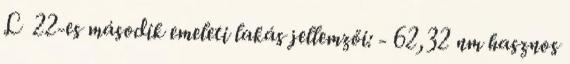
L 22-es második emeleti lakás jellemzői: - 62,32 nm hasznos